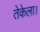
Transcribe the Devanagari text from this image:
तेकेला।